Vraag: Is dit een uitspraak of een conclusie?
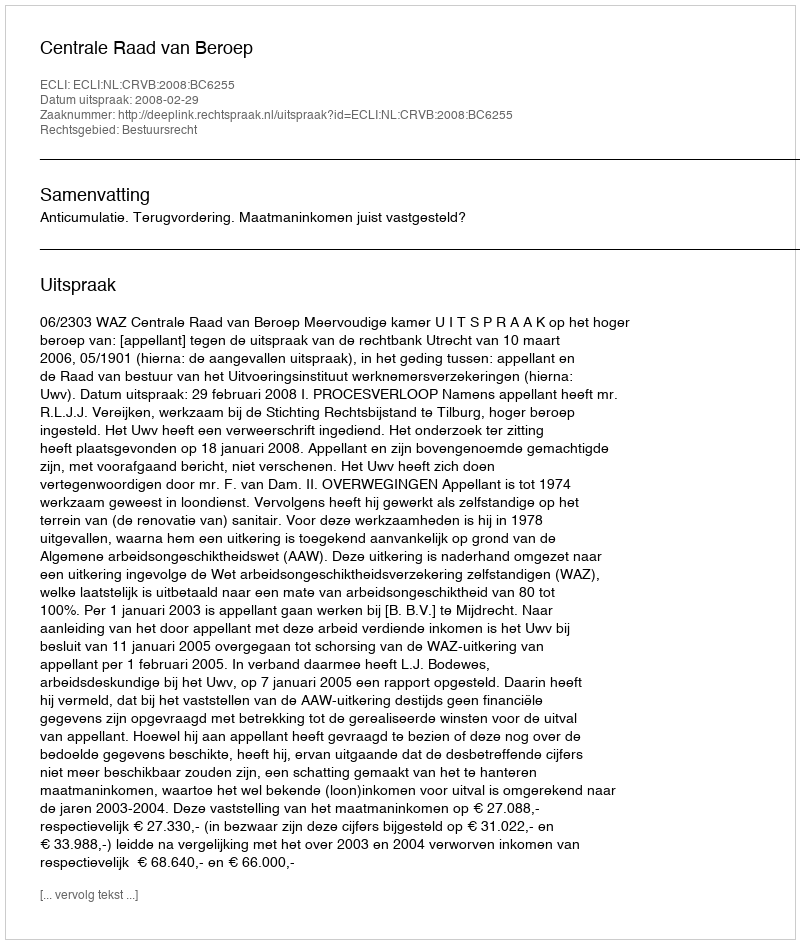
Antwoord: Uitspraak